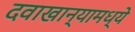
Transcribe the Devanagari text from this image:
दवाखान्यामध्ये